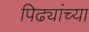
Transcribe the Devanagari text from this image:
पिढ्यांच्‍या